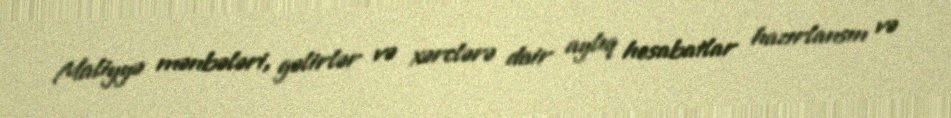
Maliyyə mənbələri, gəlirlər və xərclərə dair aylıq hesabatlar hazırlansın və